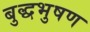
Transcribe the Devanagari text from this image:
बुद्धभुषण